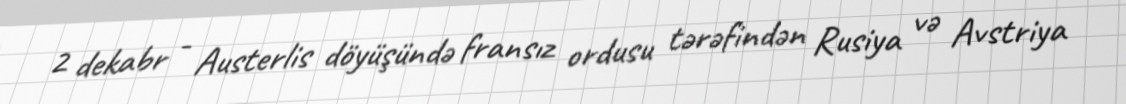
2 dekabr - Austerlis döyüşündə fransız ordusu tərəfindən Rusiya və Avstriya